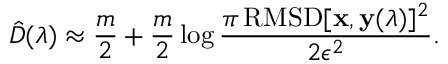
\hat { D } ( \boldsymbol { \lambda } ) \approx \frac { m } { 2 } + \frac { m } { 2 } \log \frac { \pi \, \mathrm { R M S D } [ \mathbf { x } , \mathbf { y } ( \boldsymbol { \lambda } ) ] ^ { 2 } } { 2 \epsilon ^ { 2 } } .